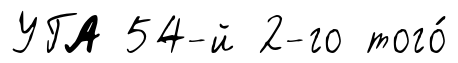
УГА 54-й 2-го того́